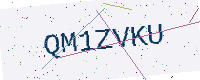
Text: QM1ZVKU